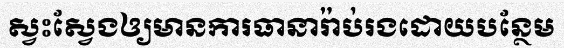
ស្វះស្វែងឲ្យមានការធានារ៉ាប់រងដោយបន្ថែម